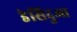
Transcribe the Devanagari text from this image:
डेसिदुआ